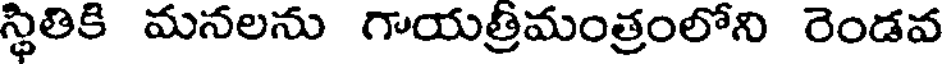
స్థితికి మనలను గాయత్రీమంత్రంలోని రెండవ